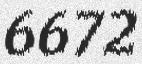
6672